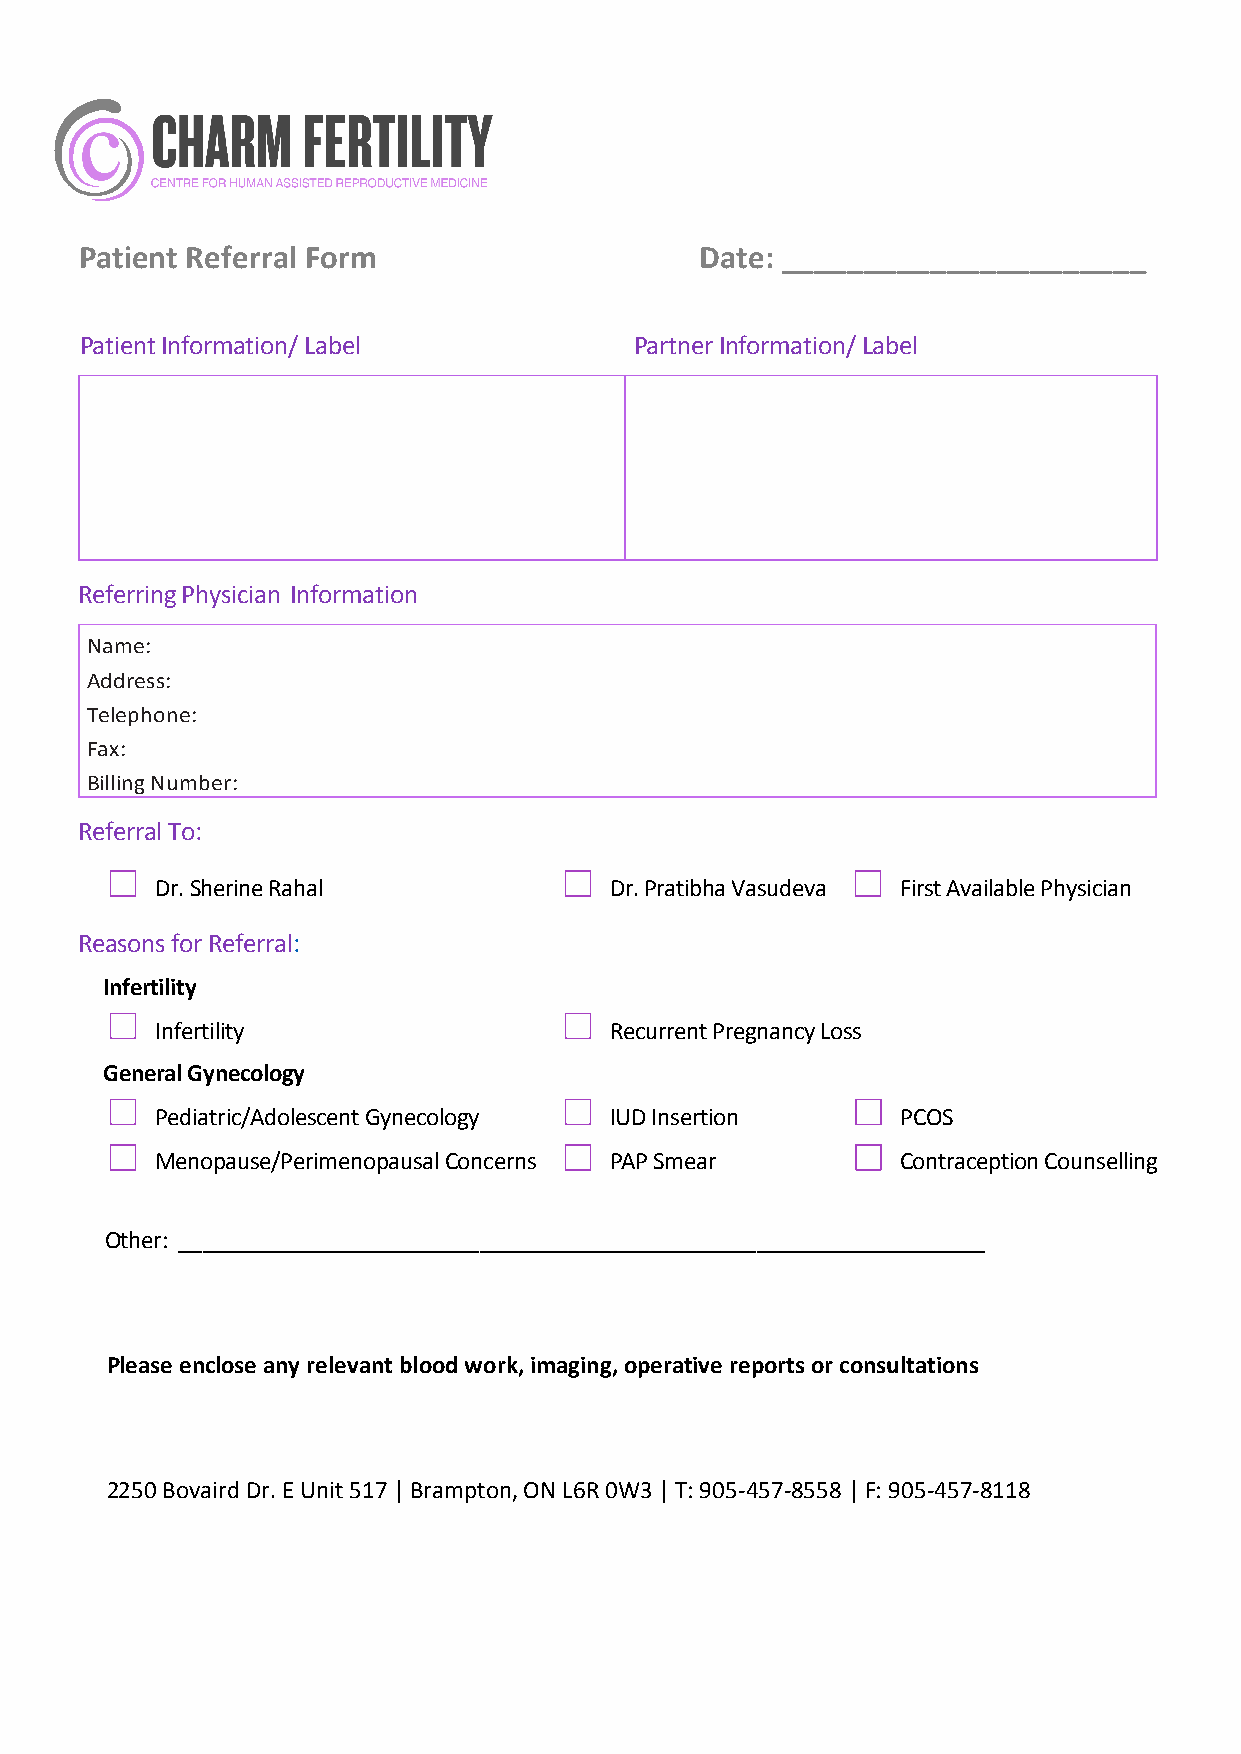
Patient Referral Form                    Date: ______________________
 Patient Information/ Label           Partner Information/ Label
 Referring Physician Information
 Name:
 Address:
 Telephone:
 Fax:
 Billing Number:
 Referral To:
 D r. Sherine Rahal            Dr. Pratibha Vasudeva First Available Physician
 Reasons for Referral:
 Infertility
 I n fertility                 Recurrent Pregnancy Loss
 General Gynecology
 P ediatric/Adolescent Gynecology IUD Insertion    PCOS
 Menopause/Perimenopausal Concerns P A P Smear     C ontraception Counselling
 Other: ___________________________________________________________________
 Please enclose any relevant blood work, imaging, operative reports or consultations
 2250 Bovaird Dr. E Unit 517 | Brampton, ON L6R 0W3 | T: 905-457-8558 | F: 905-457-8118